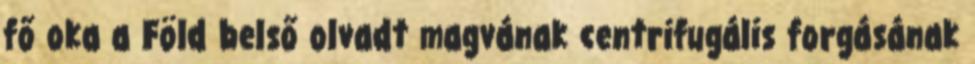
fő oka a Föld belső olvadt magvának centrifugális forgásának